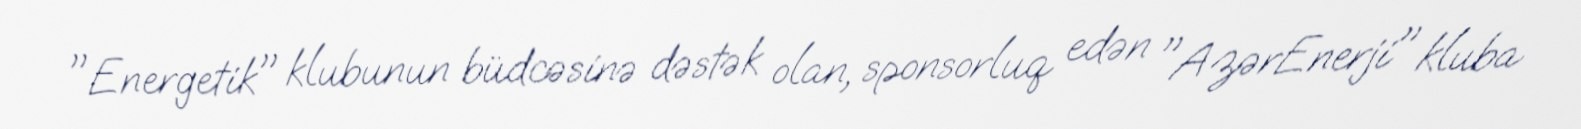
"Energetik" klubunun büdcəsinə dəstək olan, sponsorluq edən "AzərEnerji" kluba